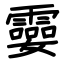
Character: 孁